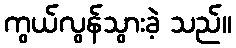
ကွယ်လွန်သွားခဲ့ သည်။